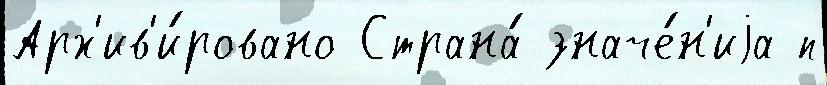
Арх'ив'и́ровано Страна́ значе́н'иjа п